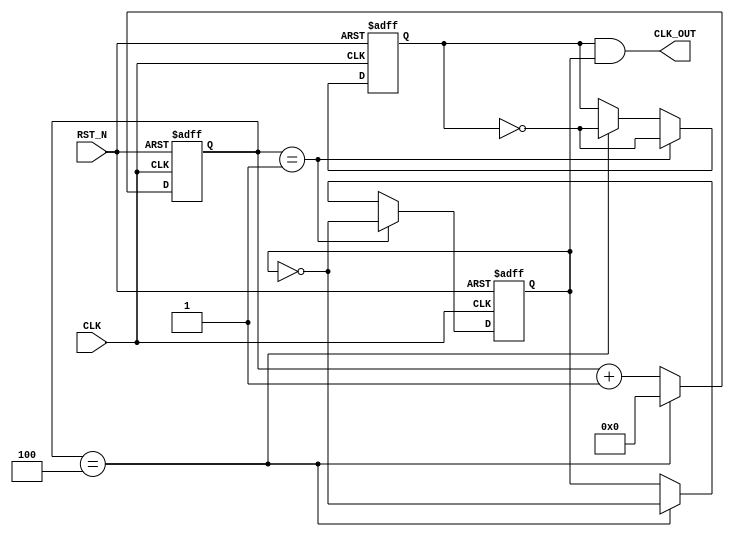
module CLK_DIV_ODD #(
	//= ((/)-1)/2
	parameter N = 2 
)
(
	//
	CLK,RST_N,
	//
	CLK_OUT
);

//--------------------------------------------------------
//-- 
//--------------------------------------------------------
input CLK;
input RST_N;
output CLK_OUT;


//--------------------------------------------------------
//-- 
//--------------------------------------------------------

reg 				clk_A;			//A
reg 				clk_B;			//B

reg 	[15:0] 	count ;			//
//--------------------------------------------------------
//-- 
//--------------------------------------------------------
always@(posedge CLK or negedge RST_N)
begin
	if(!RST_N)
		count <= 16'b0;
	else if(count == (N << 1))
		count <= 16'b0;
	else
		count <= count + 1'b1 ;
end
//--------------------------------------------------------
//-- A
//--------------------------------------------------------
always@(posedge CLK or negedge RST_N)
begin
	if(!RST_N)
		clk_A <= 1'b0;
	else if(count == N - 1)
		clk_A <= ~clk_A ;
	else if(count == (N << 1))
		clk_A <= ~clk_A ;
end
//--------------------------------------------------------
//-- B
//--------------------------------------------------------
always@(negedge CLK or negedge RST_N)
begin
	if(!RST_N)
		clk_B <= 1'b0;
	else if(count == N - 1)
		clk_B <= ~clk_B ;
	else if(count == (N << 1))
		clk_B <= ~clk_B ;
end
//--------------------------------------------------------
//-- 
//--------------------------------------------------------
assign CLK_OUT = clk_A & clk_B ;

endmodule